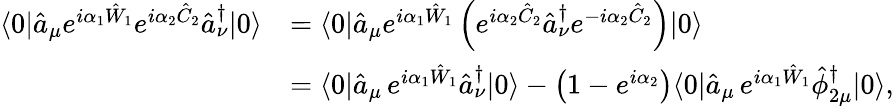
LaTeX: \begin{array}{rl}{\langle 0|\hat{a}_{\mu}e^{i\alpha_{1}\hat{W}_{1}}e^{i\alpha_{2}\hat{C}_{2}}\hat{a}_{\nu}^{\dagger}|0\rangle}&{=\langle 0|\hat{a}_{\mu}e^{i\alpha_{1}\hat{W}_{1}}\left(e^{i\alpha_{2}\hat{C}_{2}}\hat{a}_{\nu}^{\dagger}e^{-i\alpha_{2}\hat{C}_{2}}\right)|0\rangle}\\ &{=\langle 0|\hat{a}_{\mu}\, e^{i\alpha_{1}\hat{W}_{1}}\hat{a}_{\nu}^{\dagger}|0\rangle-\left(1-e^{i\alpha_{2}}\right)\langle 0|\hat{a}_{\mu}\, e^{i\alpha_{1}\hat{W}_{1}}\hat{\phi}_{2\mu}^{\dagger}|0\rangle,}\end{array}